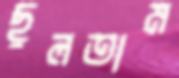
ছুলতাম